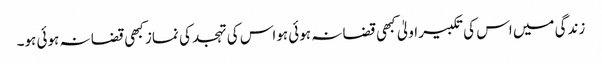
زندگی میں اس کی تکبیر اولیٰ کبھی قضا نہ ہوئی ہواس کی تہجد کی نماز کبھی قضا نہ ہوئی ہو۔